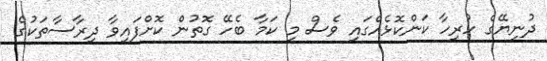
ދުނިޔޭގެ ހުރިހާ ކަންކޮޅެއްގައި ވެސް މި ކަމާ ބެހޭ ގޮތުން ކޮށްފައިވާ ދިރާސާތަކުގެ